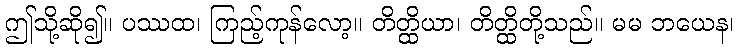
ဤသို့ဆို၍။ ပဿထ၊ ကြည့်ကုန်လော့။ တိတ္ထိယာ၊ တိတ္ထိတို့သည်။ မမ ဘယေန၊